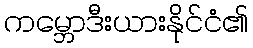
ကမ္ဘောဒီးယားနိုင်ငံ၏